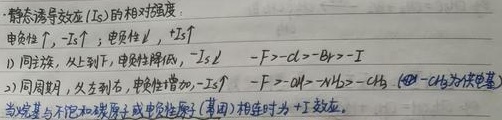
- 静态诱导效应（\(I_{s}\)）的相对强度：
  - 电负性\(\uparrow\)，\(-I_{s}\uparrow\)；电负性\(\downarrow\)，\(+I_{s}\uparrow\)。
  - 1) 同主族，从上到下，电负性降低，\(-I_{s}\downarrow\)，\(-F> -Cl> -Br> -I\)。
  - 2) 同周期，从左到右，电负性增加，\(-I_{s}\uparrow\)，相连时为 -I 效应。\(-F> -OR> -NR_{2}\)（基团），相对 +I 效应。